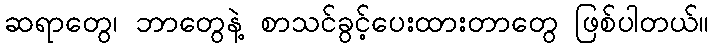
ဆရာတွေ၊ ဘာတွေနဲ့ စာသင်ခွင့်ပေးထားတာတွေ ဖြစ်ပါတယ်။